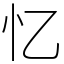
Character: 忆